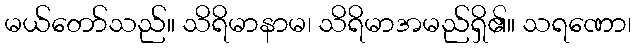
မယ်တော်သည်။ သိရိမာနာမ၊ သိရိမာအမည်ရှိ၏။ သရဏော၊